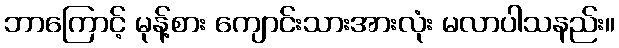
ဘာကြောင့် မုန့်စား ကျောင်းသားအားလုံး မလာပါသနည်း။